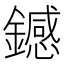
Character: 𫓏